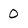
Character: 0